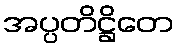
အပ္ပတိဋ္ဌိတေ